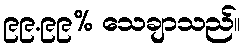
၉၉.၉၉% သေချာသည်။